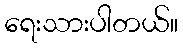
ရေးသားပါတယ်။